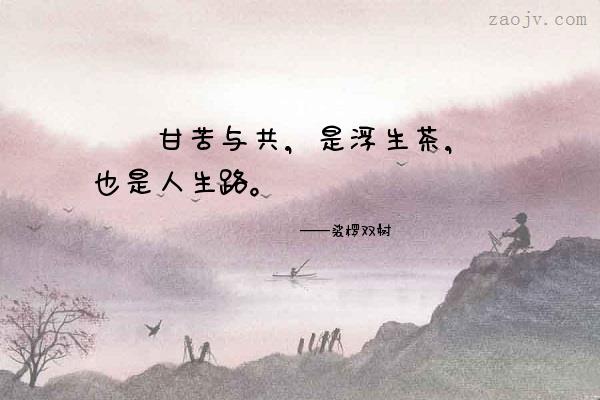
饮散离亭西去，浮生长恨飘蓬。